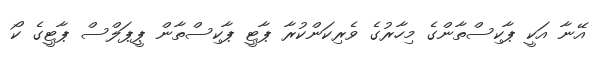
އޭނާ އަކީ ޕާކިސްތާންގެ މިހާރުގެ ވެރިކަންކުރާ ޕާޓީ ޕާކިސްތާން ޕީޕަލްސް ޕާޓީގެ ކޯ